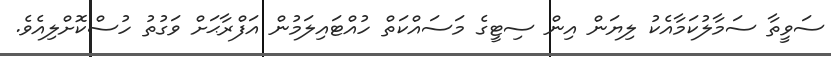
ސަވީތާ ސަމާލުކަމާއެކު ލިޔަން އިން ސިޓީގެ މަސައްކަތް ހުއްޓައިލަމުން އަފްރާޙަށް ވަގުތު ހުސްކޮށްލިއެވެ.